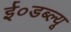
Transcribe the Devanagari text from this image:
ई०डब्ल्यू